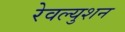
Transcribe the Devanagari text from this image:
रेवल्युशन